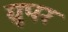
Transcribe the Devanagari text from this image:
ग्रूपर